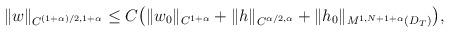
LaTeX: \begin{align*}\begin{aligned}\|w\|_{C^{(1+\alpha)/2,1+\alpha}}\leq C\big(\|w_0\|_{C^{1+\alpha}}+\|h\|_{C^{\alpha/2,\alpha}}+\|h_0\|_{M^{1,N+1+\alpha}(D_T)}\big),\end{aligned}\end{align*}